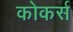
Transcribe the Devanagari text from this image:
कोकर्स